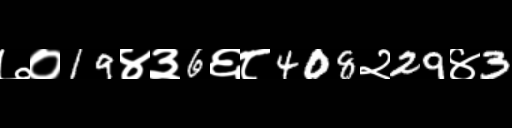
Text: ७०19४३6६८408२29४3